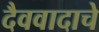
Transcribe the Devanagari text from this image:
दैववादाचे